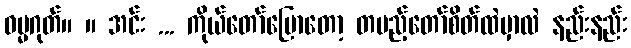
ဓမ္မဂုတ်။ ။ အင်း ... ကိုယ်တော်ပြောတော့ တပည့်တော်စိတ်ထဲမှာလဲ နည်းနည်း